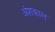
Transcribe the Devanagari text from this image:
अंशकाल